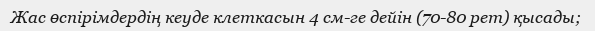
Жас өспірімдердің кеуде клеткасын 4 см-ге дейін (70-80 рет) қысады;